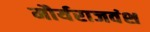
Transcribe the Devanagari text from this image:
मौर्यराजवंश